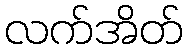
လက်အိတ်